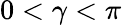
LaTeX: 0<\gamma<\pi